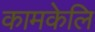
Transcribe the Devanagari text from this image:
कामकेलि